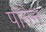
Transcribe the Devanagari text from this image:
पोनेन